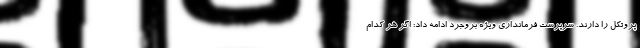
پروتکل را دارند. سرپرست فرمانداری ویژه بروجرد ادامه داد: اگر هر کدام